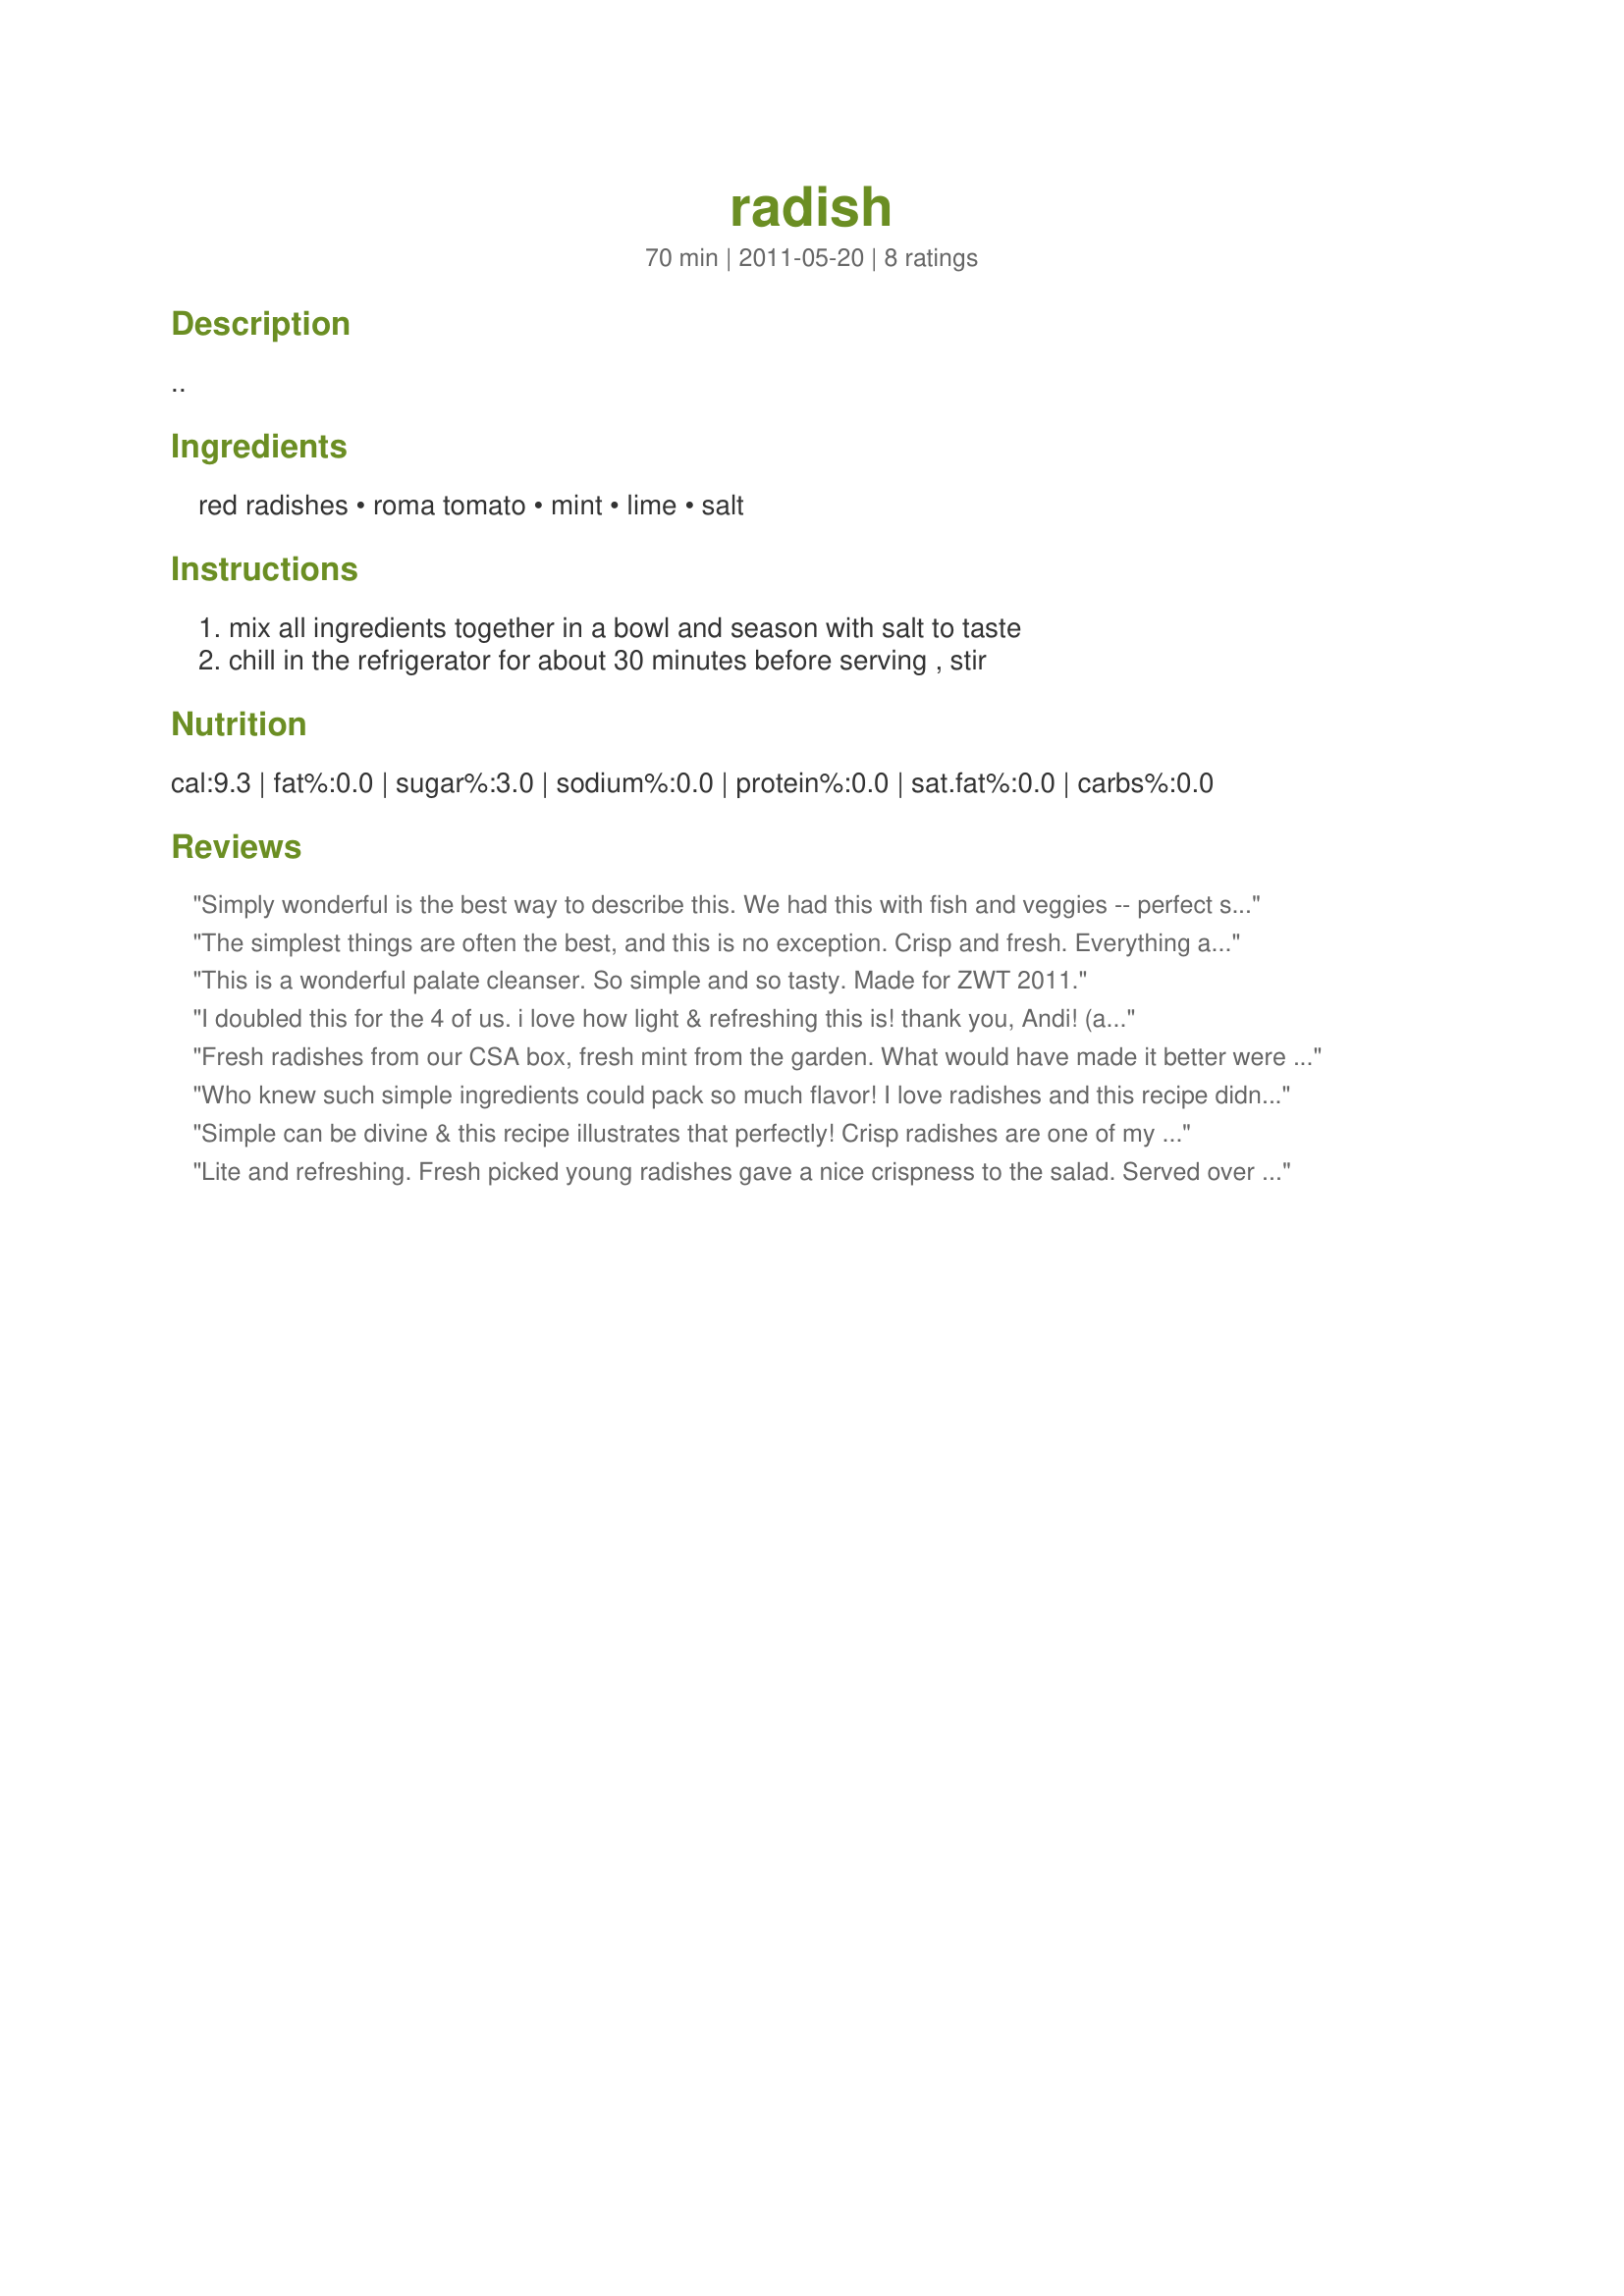
radish
Preparation time: 70 minutes

..

Ingredients:
red radishes, roma tomato, mint, lime, salt

Steps:
mix all ingredients together in a bowl and season with salt to taste, chill in the refrigerator for about 30 minutes before serving , stir

Reviews:
Simply wonderful is the best way to describe this. We had this with fish and veggies -- perfect summer meal. Tomorrow this is lunch with tuna. Thanks for sharing!
The simplest things are often the best, and this is no exception. Crisp and fresh. Everything a salad should be, it might just be "blow-your-clothes off" good... :)
This is a wonderful palate cleanser. So simple and so tasty. Made for ZWT 2011.
I doubled this for the 4 of us. i love how light & refreshing this is! thank you, Andi! (and thank you to FIL!)
Fresh radishes from our CSA box, fresh mint from the garden. What would have made it better were an heirloom tomato. Served over baby spinach leaves. Light, crisp, tangy, refreshing! Reviewed for Veg Tag/July.
Who knew such simple ingredients could pack so much flavor! I love radishes and this recipe didn't disappoint. Made for Count Dracula and his Hot Bites, ZWT 7.
Simple can be divine & this recipe illustrates that perfectly! Crisp radishes are one of my favorite things and this will go into my keeper cookbook. I used cilantro instead of mint (personal preference). Did I say yum? Made for ZWT7.
Lite and refreshing. Fresh picked young radishes gave a nice crispness to the salad. Served over the radish greens that I coated lightly with olive oil. Thanks!
